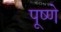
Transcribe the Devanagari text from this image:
पूष्णे